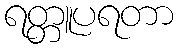
ရတ္တူပရတာ